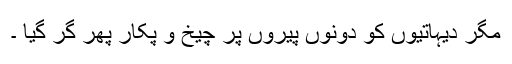
مگر دیہاتیوں کو دونوں پیروں پر چیخ و پکار پھر گر گیا ۔